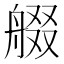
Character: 𱼻